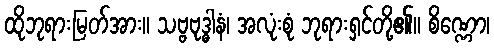
ထိုဘုရားမြတ်အား။ သဗ္ဗဗုဒ္ဓါနံ၊ အလုံးစုံ ဘုရားရှင်တို့၏။ စိဏ္ဏော၊